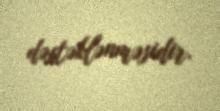
dəstəklənməsidir.